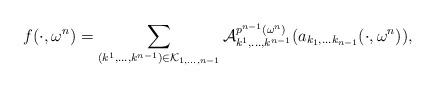
LaTeX: \begin{align*}f(\cdot,\omega^{n})=\sum_{(k^1,\ldots,k^{n-1})\in\mathcal{K}_{1,\ldots ,n-1}} \mathcal{A}^{p^{n-1}(\omega^{n})}_{k^1,\ldots,k^{n-1}}(a_{k_1,\ldots k_{n-1}}(\cdot, \omega^{n})),\end{align*}